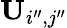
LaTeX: \mathbf{U}_{i^{\prime\prime},j^{\prime\prime}}